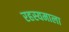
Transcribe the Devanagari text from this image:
रहस्यमाला